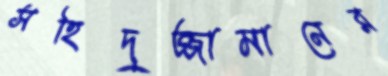
সহিদুজ্জামানের